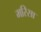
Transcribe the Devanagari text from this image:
मरिसा